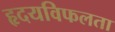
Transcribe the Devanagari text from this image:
हृदयविफलता